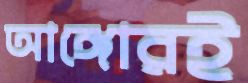
আঙ্গোরই